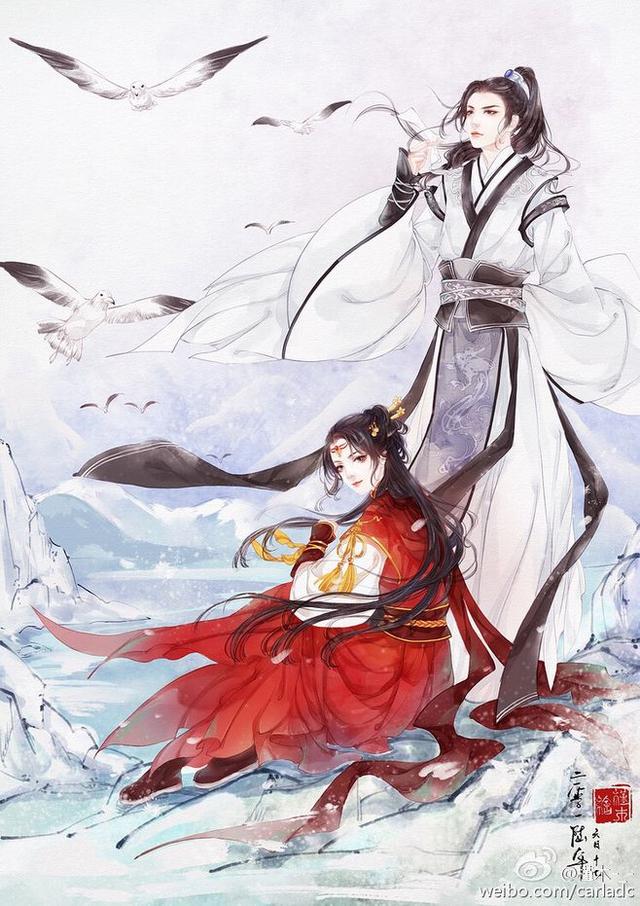
无那尘缘容易绝，燕子依然，软踏帘钩说。